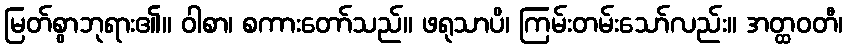
မြတ်စွာဘုရား၏။ ဝါစာ၊ စကားတော်သည်။ ဖရုသာပိ၊ ကြမ်းတမ်းသော်လည်း။ အတ္ထဝတီ၊